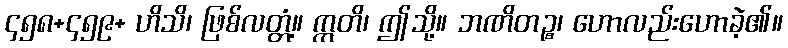
၄၅၈+၄၅၉+ ဟိသိ၊ ဖြစ်လတ္တံ့။ ဣတိ၊ ဤသို့။ ဘဏိတဉ္စ၊ ဟောလည်းဟောခဲ့၏။